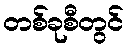
တစ်ခုစီတွင်